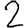
Digit: 2